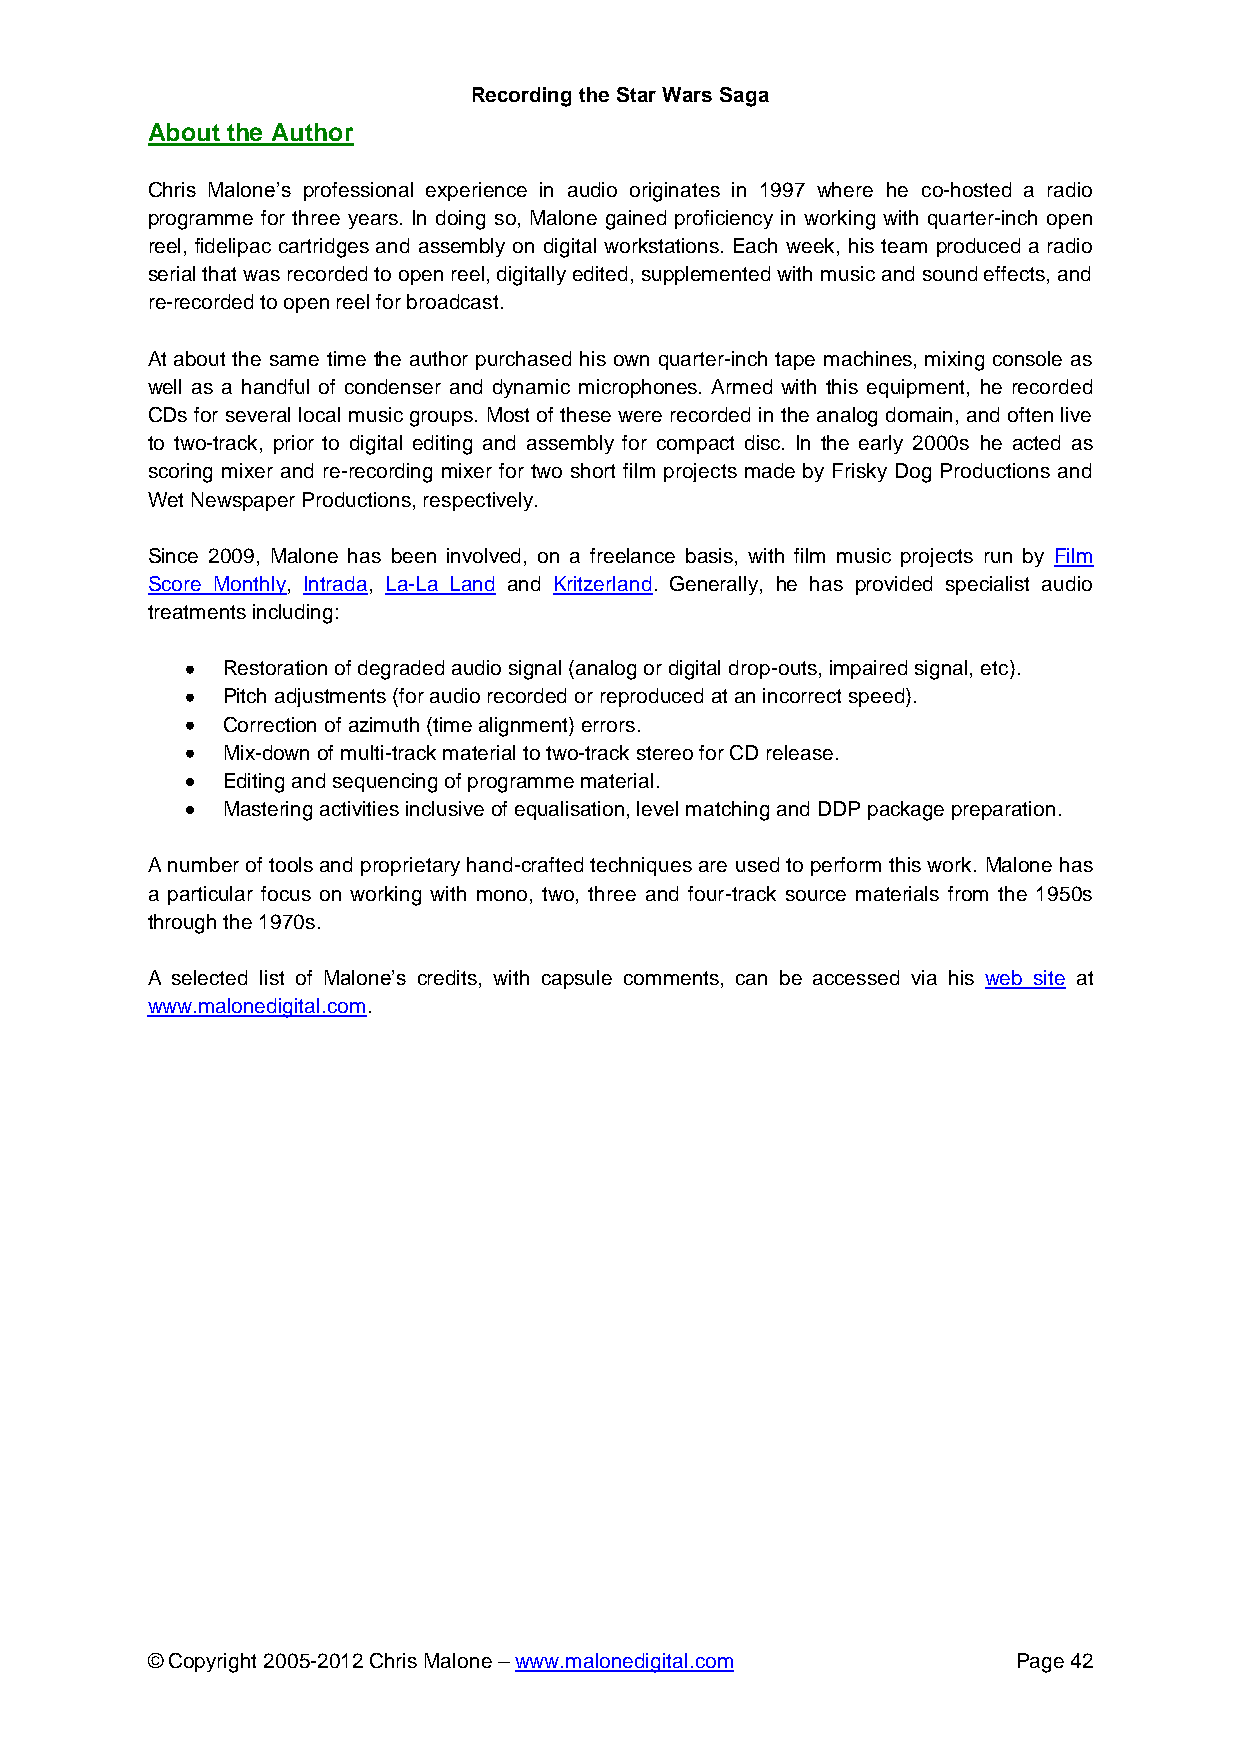
Recording the Star Wars Saga
 About the Author
 Chris Malone’s professional experience in audio originates in 1997 where he co-hosted a radio
 programme for three years. In doing so, Malone gained proficiency in working with quarter-inch open
 reel, fidelipac cartridges and assembly on digital workstations. Each week, his team produced a radio
 serial that was recorded to open reel, digitally edited, supplemented with music and sound effects, and
 re-recorded to open reel for broadcast.
 At about the same time the author purchased his own quarter-inch tape machines, mixing console as
 well as a handful of condenser and dynamic microphones. Armed with this equipment, he recorded
 CDs for several local music groups. Most of these were recorded in the analog domain, and often live
 to two-track, prior to digital editing and assembly for compact disc. In the early 2000s he acted as
 scoring mixer and re-recording mixer for two short film projects made by Frisky Dog Productions and
 Wet Newspaper Productions, respectively.
 Since 2009, Malone has been involved, on a freelance basis, with film music projects run by Film
 Score Monthly, Intrada, La-La Land and Kritzerland. Generally, he has provided specialist audio
 treatments including:
 Restoration of degraded audio signal (analog or digital drop-outs, impaired signal, etc).
 Pitch adjustments (for audio recorded or reproduced at an incorrect speed).
 Correction of azimuth (time alignment) errors.
 Mix-down of multi-track material to two-track stereo for CD release.
 Editing and sequencing of programme material.
 Mastering activities inclusive of equalisation, level matching and DDP package preparation.
 A number of tools and proprietary hand-crafted techniques are used to perform this work. Malone has
 a particular focus on working with mono, two, three and four-track source materials from the 1950s
 through the 1970s.
 A selected list of Malone’s credits, with capsule comments, can be accessed via his web site at
 www.malonedigital.com.
 © Copyright 2005-2012 Chris Malone – www.malonedigital.com Page 42